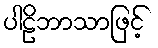
ပါဠိဘာသာဖြင့်